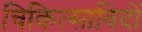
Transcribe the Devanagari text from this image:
चिकित्साविदों